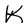
Character: K